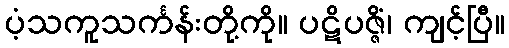
ပံ့သကူသင်္ကန်းတို့ကို။ ပဋိပဇ္ဇိံ၊ ကျင့်ပြီ။